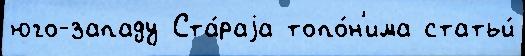
юго-западу Ста́раjа топо́н'има статьи́